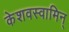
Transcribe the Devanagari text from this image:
केशवस्वामिन्